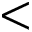
<